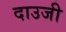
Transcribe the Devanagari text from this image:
दाउजी